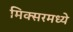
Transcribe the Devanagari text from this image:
मिक्‍सरमध्ये